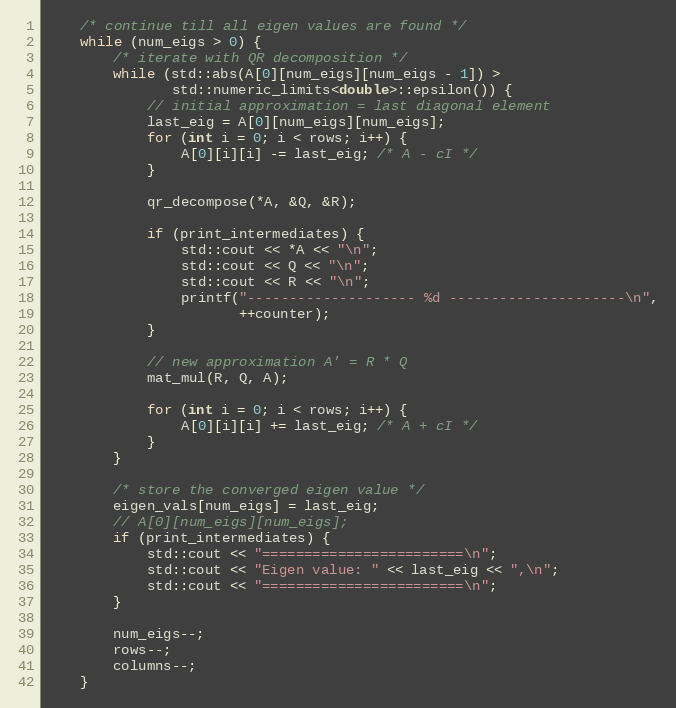
Language: C++
    /* continue till all eigen values are found */
    while (num_eigs > 0) {
        /* iterate with QR decomposition */
        while (std::abs(A[0][num_eigs][num_eigs - 1]) >
               std::numeric_limits<double>::epsilon()) {
            // initial approximation = last diagonal element
            last_eig = A[0][num_eigs][num_eigs];
            for (int i = 0; i < rows; i++) {
                A[0][i][i] -= last_eig; /* A - cI */
            }

            qr_decompose(*A, &Q, &R);

            if (print_intermediates) {
                std::cout << *A << "\n";
                std::cout << Q << "\n";
                std::cout << R << "\n";
                printf("-------------------- %d ---------------------\n",
                       ++counter);
            }

            // new approximation A' = R * Q
            mat_mul(R, Q, A);

            for (int i = 0; i < rows; i++) {
                A[0][i][i] += last_eig; /* A + cI */
            }
        }

        /* store the converged eigen value */
        eigen_vals[num_eigs] = last_eig;
        // A[0][num_eigs][num_eigs];
        if (print_intermediates) {
            std::cout << "========================\n";
            std::cout << "Eigen value: " << last_eig << ",\n";
            std::cout << "========================\n";
        }

        num_eigs--;
        rows--;
        columns--;
    }